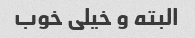
البته و خیلی خوب